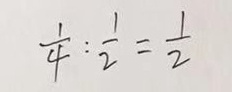
\frac { 1 } { 4 } : \frac { 1 } { 2 } = \frac { 1 } { 2 }